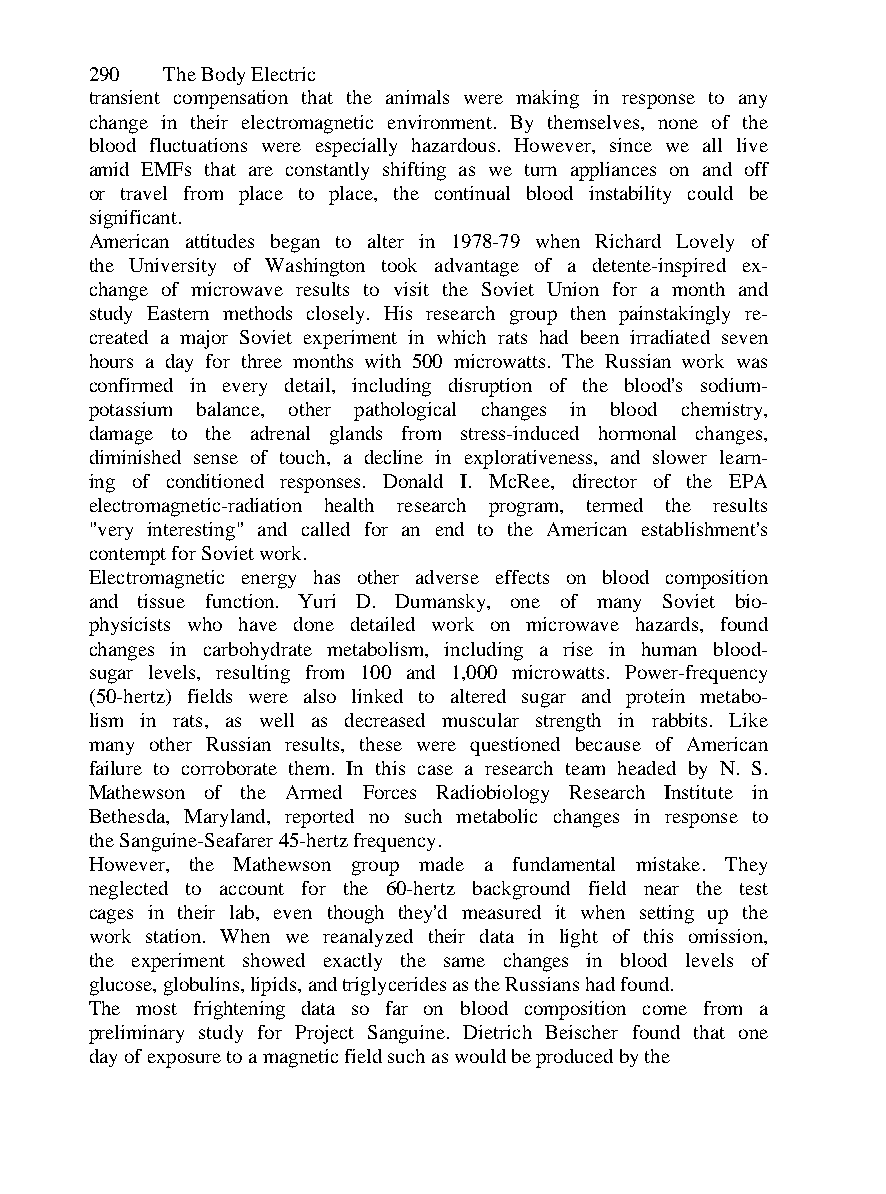
290  The Body Electric
 transient compensation that the animals were making in response to any
 change in their electromagnetic environment. By themselves, none of the
 blood fluctuations were especially hazardous. However, since we all live
 amid EMFs that are constantly shifting as we turn appliances on and off
 or travel from place to place, the continual blood instability could be
 significant.
 American attitudes began to alter in 1978-79 when Richard Lovely of
 the University of Washington took advantage of a detente-inspired ex-
 change of microwave results to visit the Soviet Union for a month and
 study Eastern methods closely. His research group then painstakingly re-
 created a major Soviet experiment in which rats had been irradiated seven
 hours a day for three months with 500 microwatts. The Russian work was
 confirmed in every detail, including disruption of the blood's sodium-
 potassium balance, other pathological changes in blood chemistry,
 damage to the adrenal glands from stress-induced hormonal changes,
 diminished sense of touch, a decline in explorativeness, and slower learn-
 ing of conditioned responses. Donald I. McRee, director of the EPA
 electromagnetic-radiation health research program, termed the results
 "very interesting" and called for an end to the American establishment's
 contempt for Soviet work.
 Electromagnetic energy has other adverse effects on blood composition
 and tissue function. Yuri D. Dumansky, one of many Soviet bio-
 physicists who have done detailed work on microwave hazards, found
 changes in carbohydrate metabolism, including a rise in human blood-
 sugar levels, resulting from 100 and 1,000 microwatts. Power-frequency
 (50-hertz) fields were also linked to altered sugar and protein metabo-
 lism in rats, as well as decreased muscular strength in rabbits. Like
 many other Russian results, these were questioned because of American
 failure to corroborate them. In this case a research team headed by N. S.
 Mathewson of the Armed Forces Radiobiology Research Institute in
 Bethesda, Maryland, reported no such metabolic changes in response to
 the Sanguine-Seafarer 45-hertz frequency.
 However, the Mathewson group made a fundamental mistake. They
 neglected to account for the 60-hertz background field near the test
 cages in their lab, even though they'd measured it when setting up the
 work station. When we reanalyzed their data in light of this omission,
 the experiment showed exactly the same changes in blood levels of
 glucose, globulins, lipids, and triglycerides as the Russians had found.
 The most frightening data so far on blood composition come from a
 preliminary study for Project Sanguine. Dietrich Beischer found that one
 day of exposure to a magnetic field such as would be produced by the